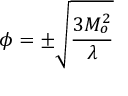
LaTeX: \phi = \pm { \sqrt { { \frac { 3 M _ { o } ^ { 2 } } { \lambda } } } }